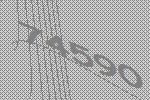
74590